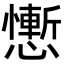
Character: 𢣥